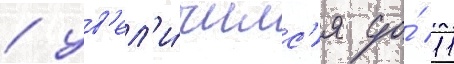
/ ув'ел'и́чилс'я до́ 11